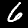
Digit: 6